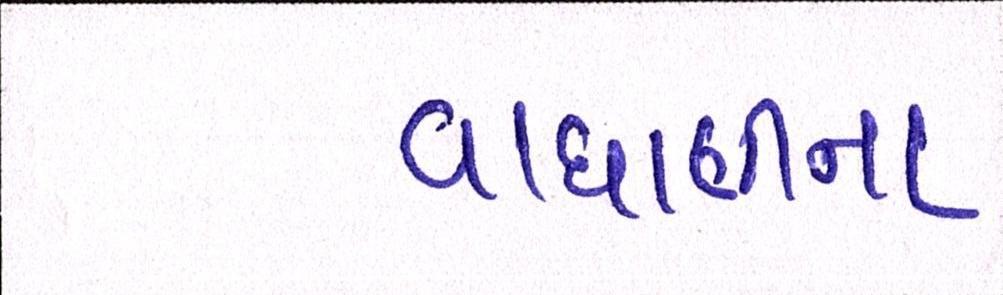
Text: વાઘાણીના